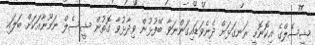
ޝީސެލްގެ އިކޮނޮމީ ރަނގަޅަށް ދެނެވަޑައިގަންނަވާ ބޭފުޅުން ވިދާޅުވާ ގޮތުން ޝީސެލް ނަމޫނާއަކަށް ބަލައި